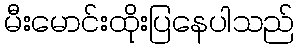
မီးမောင်းထိုးပြနေပါသည်